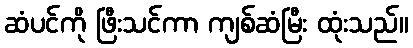
ဆံပင်ကို ဖြီးသင်ကာ ကျစ်ဆံမြီး ထုံးသည်။